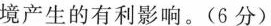
境产生的有利影响。(6分)